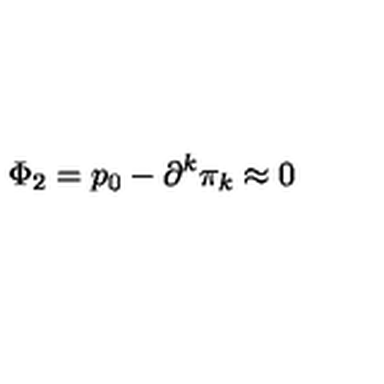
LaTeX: \Phi _ { 2 } = p _ { 0 } - \partial ^ { k } \pi _ { k } \approx 0